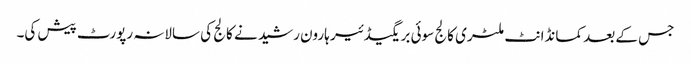
جس کے بعد کمانڈانٹ ملٹری کالج سوئی بریگیڈئیر ہارون رشید نے کالج کی سالانہ رپورٹ پیش کی۔